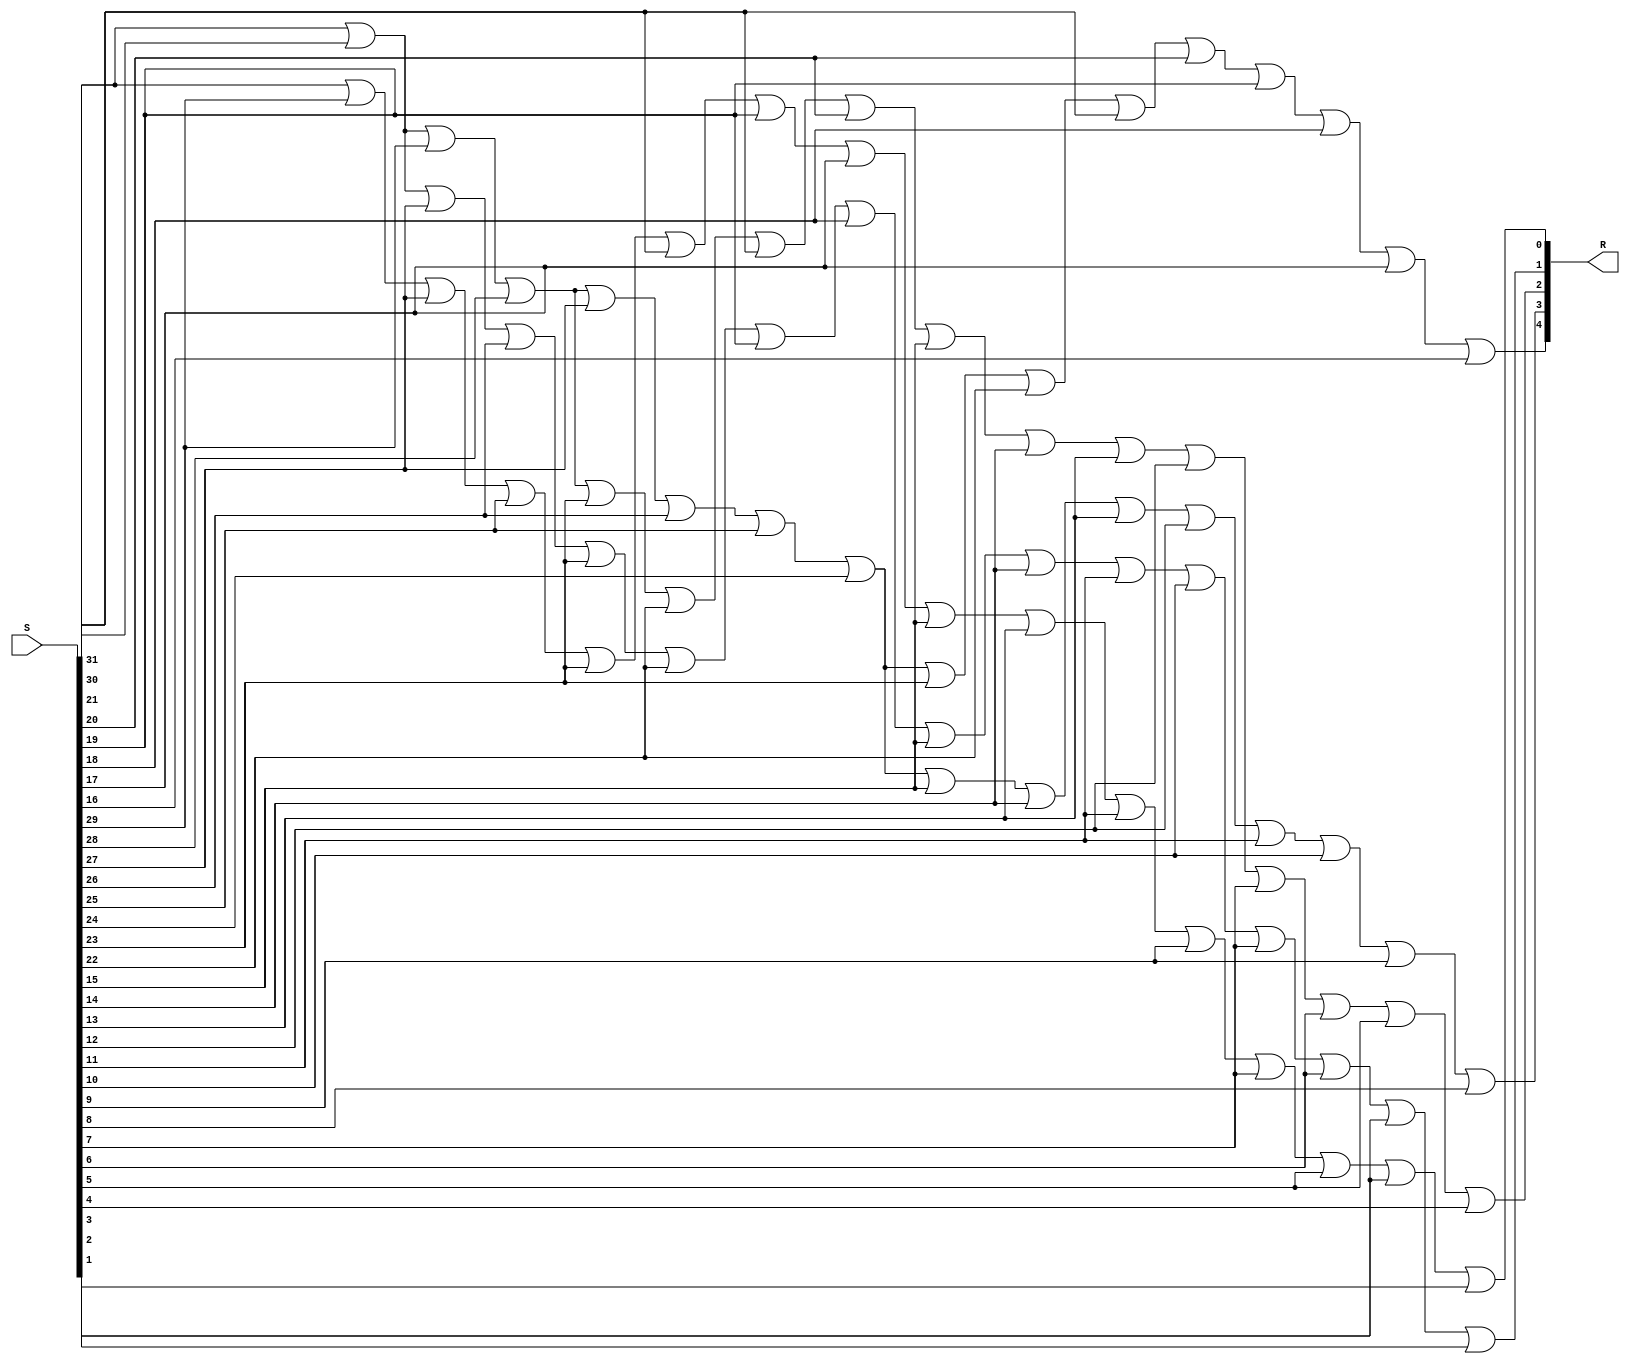
`timescale 1ns / 1ps
//////////////////////////////////////////////////////////////////////////////////
// Company: 
// Engineer: 
// 
// Design Name: 
// Module Name: 32_3_decoder
// Project Name: 
// Target Devices: 
// Tool Versions: 
// Description: 
// 
// Dependencies: 
// 
// Revision:
// Revision 0.01 - File Created
// Additional Comments:
// 
//////////////////////////////////////////////////////////////////////////////////


module decoder32_5(
    input   [31:0]  S,
    output  [4:0]   R
    );
    assign  R[4] = S[31] | S[30] | S[29] | S[28] | S[27] | S[26] | S[25] | S[24] | S[23]
                    | S[22] | S[21] | S[20]| S[19] | S[18] | S[17] | S[16];
    assign  R[3] = S[31] | S[30] | S[29] | S[28] | S[27] | S[26] | S[25] | S[24] | S[15] | S[14]
                    | S[13] | S[12] | S[11] | S[10] | S[9] | S[8];
    assign  R[2] = S[31] | S[30] | S[29] | S[28] | S[23] | S[22] | S[21] | S[20] | S[15] | S[14]
                    |S[13] | S[12] | S[7] | S[6] | S[5] | S[4];
    assign  R[1] = S[31] | S[30] | S[27] | S[26] | S[23] | S[22] | S[19] | S[18] | S[15] | S[14]
                    | S[11] | S[10] | S[7] | S[6] | S[3] | S[2];
    assign  R[0] = S[31] | S[29] | S[27] | S[25] | S[23]| S[21] | S[19] | S[17] | S[15] | S[13]
                    | S[11] | S[9] | S[7] | S[5] | S[3] | S[1];
endmodule